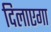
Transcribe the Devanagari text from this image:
दिलाएगा